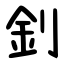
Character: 釗